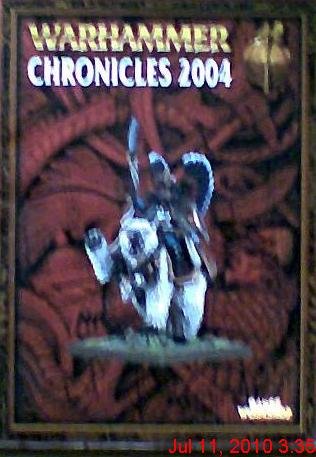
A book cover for Warhammer Chronicles 2004; Anthony Reynolds Gavin Thorpe; Science Fiction & Fantasy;